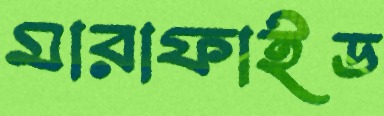
মারাফাইড